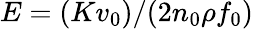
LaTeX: E=(Kv_{0})/(2n_{0}\rho f_{0})